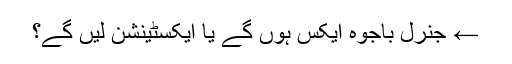
← جنرل باجوہ ایکس ہوں گے یا ایکسٹینشن لیں گے؟